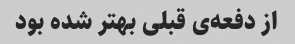
از دفعه‌ی قبلی بهتر شده بود